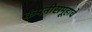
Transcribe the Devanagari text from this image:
कंपनीसमूहाचे